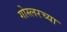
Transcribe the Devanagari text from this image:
गोस्लरच्या